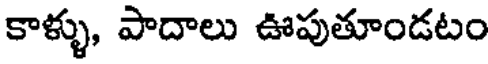
కాళ్ళు, పాదాలు ఊపుతూండటం